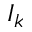
I _ { k }